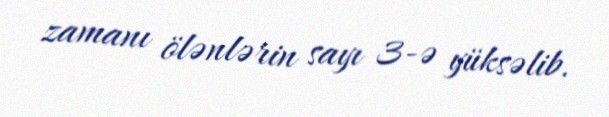
zamanı ölənlərin sayı 3-ə yüksəlib.